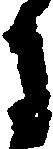
月